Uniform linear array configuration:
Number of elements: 32
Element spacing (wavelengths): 0.25
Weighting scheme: uniform
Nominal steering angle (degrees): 30
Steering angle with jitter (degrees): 29.986
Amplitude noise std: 0.05
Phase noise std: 0.05

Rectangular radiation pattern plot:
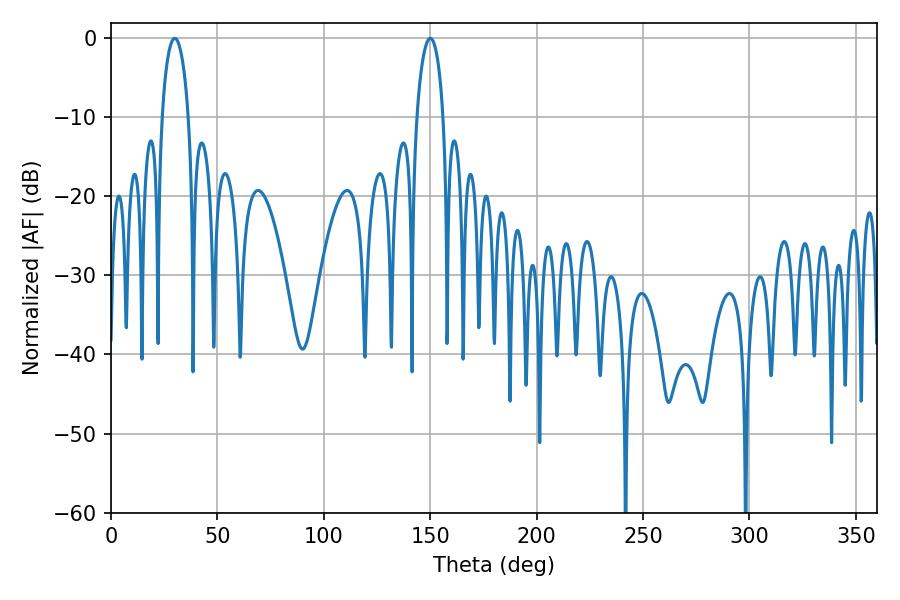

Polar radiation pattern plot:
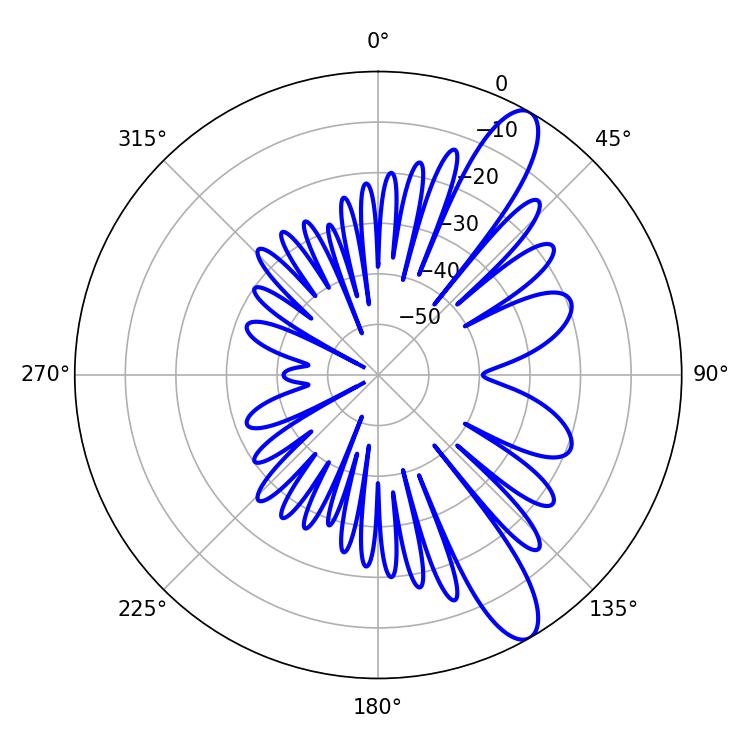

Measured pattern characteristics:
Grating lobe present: FALSE
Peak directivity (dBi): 11.406
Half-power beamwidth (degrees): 7.2
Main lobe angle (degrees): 29.88